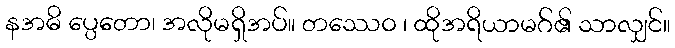
နအဓိ ပ္ပေတော၊ အလိုမရှိအပ်။ တဿေဝ ၊ ထိုအရိယာမဂ်၏ သာလျှင်။